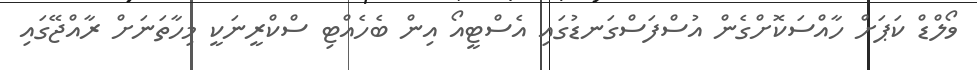
ވޯލްޑް ކަޕަށް ހާއްސަކޮށްގެން އުސްފަސްގަނޑުގައި އެސްޓީއޯ އިން ބެހެއްޓި ސްކްރީނަކީ މިހާތަނަށް ރާއްޖޭގައި